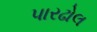
પારઢોલ